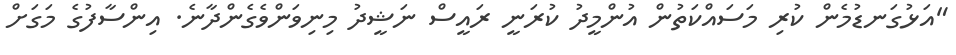
"އަޅުގަނޑުމެން ކުރި މަސައްކަތުން އުންމީދު ކުރަނީ ރައީސް ނަޝީދު މިނިވަންވެގެންދާނެ. އިންސާފުގެ މަގަށް